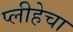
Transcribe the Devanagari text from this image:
प्लीहेचा